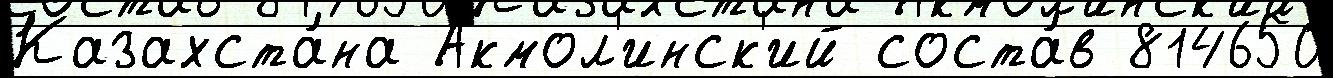
Казахста́на Акмол'инск'ий соста́в 814650